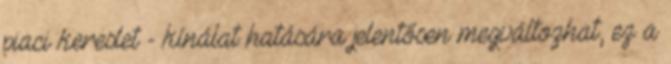
piaci kereslet - kínálat hatására jelentősen megváltozhat, ez a